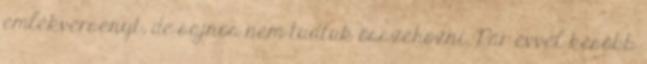
emlékversenyt, de sajnos nem tudtuk összehozni. Pár évvel később